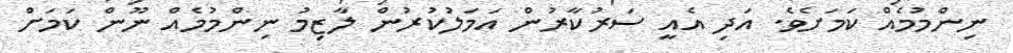
ނިންމުމެއް ކަމަށެވެ. އަދި އެއީ ސަރުކާރުން އަމަލުކުރުން ލާޒިމު ނިންމުމެއް ނޫން ކަމަށް